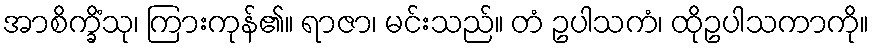
အာစိက္ခိံသု၊ ကြားကုန်၏။ ရာဇာ၊ မင်းသည်။ တံ ဥပါသကံ၊ ထိုဥပါသကာကို။